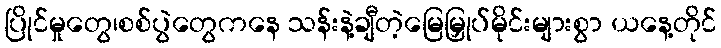
ပြိုင်မှုတွေ၊စစ်ပွဲတွေကနေ သန်းနဲ့ချီတဲ့မြေမြှုပ်မိုင်းများစွာ ယနေ့တိုင်